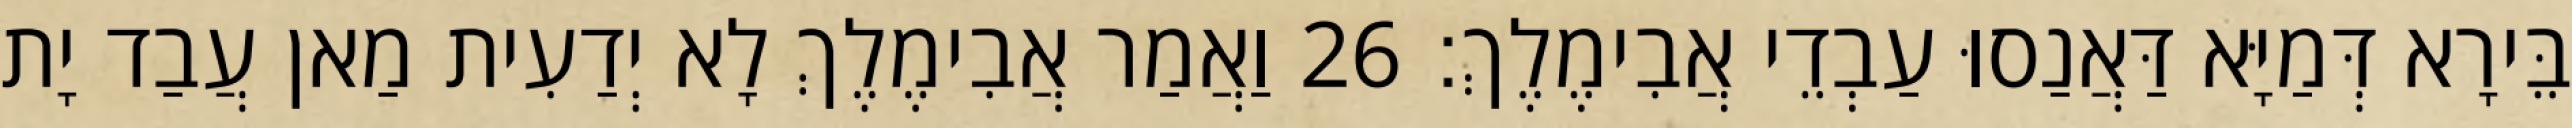
בֵּירָא דְּמַיָּא דַּאֲנַסוּ עַבְדֵי אֲבִימֶלֶךְ׃ 26 וַאֲמַר אֲבִימֶלֶךְ לָא יְדַעִית מַאן עֲבַד יָת